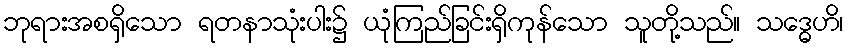
ဘုရားအစရှိသော ရတနာသုံးပါး၌ ယုံကြည်ခြင်းရှိကုန်သော သူတို့သည်။ သဒ္ဓေဟိ၊